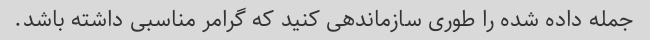
جمله داده شده را طوری سازماندهی کنید که گرامر مناسبی داشته باشد.